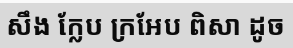
សឹង ក្លែប ក្រអែប ពិសា ដូច